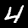
Label: 4